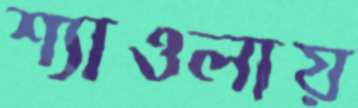
শ্যাওলায়